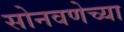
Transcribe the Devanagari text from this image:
सोनवणेच्या